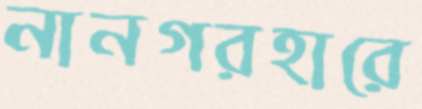
নানগরহারে